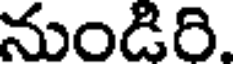
నుండిరి.